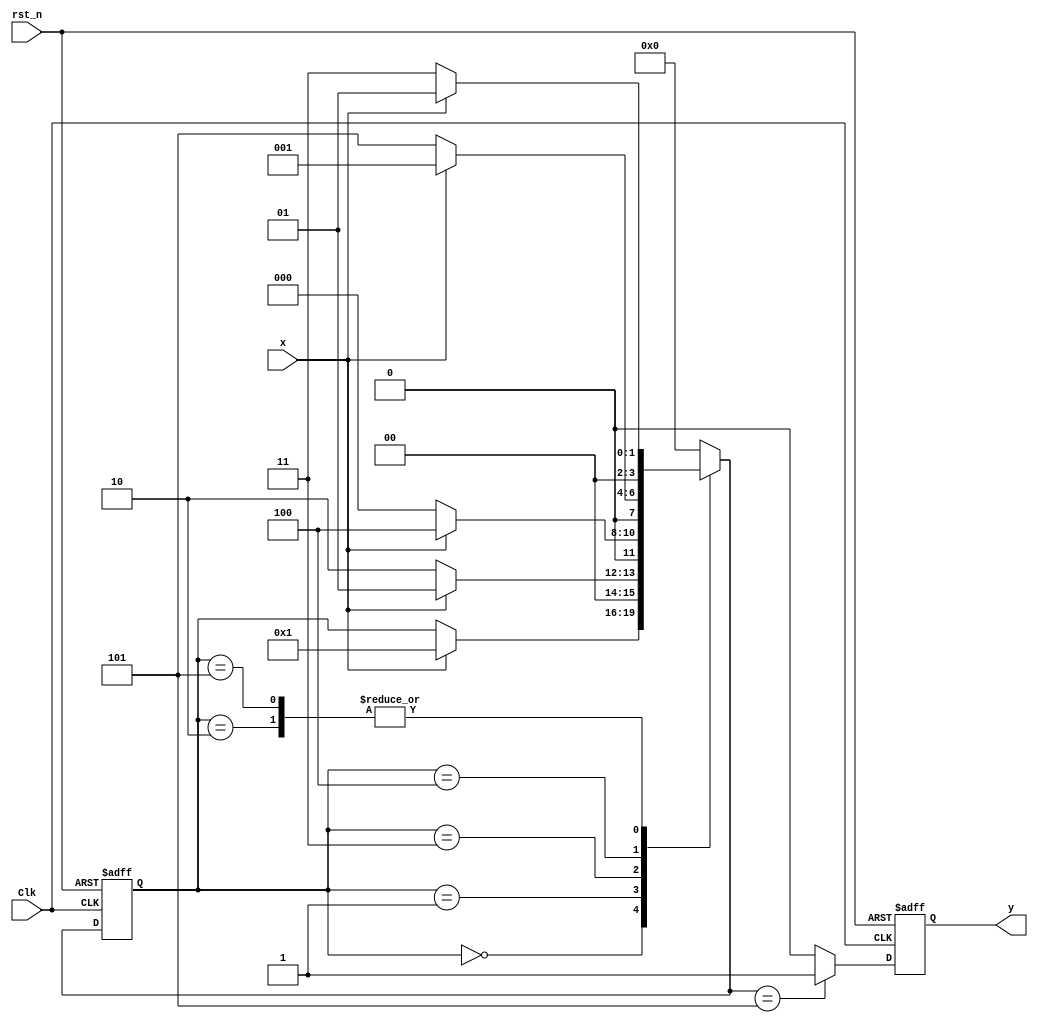
`timescale 1ns / 1ps
//==================================================================================================
//  Version       : V 1.0
//  Description   : Use FSM for sequence detection
//  Modification  :
//
//==================================================================================================

module SEQDET_FSM(
    // INPUTS
        Clk,        // posedge active
        rst_n,      // negedge active
        x,          // sequence input
    // OUTPUTS        
        y           // detection "10010"
    );
    
    // Number of states = 6
    parameter Idle    = 4'b0000; 
    parameter State_1 = 4'b0001; // 1
    parameter State_2 = 4'b0010; // 10
    parameter State_3 = 4'b0011; // 100
    parameter State_4 = 4'b0100; // 1001
    parameter State_5 = 4'b0101; // 10010
    
    input              Clk;
    input              rst_n;
    input              x;
    
    output             y;

    reg                y;
    reg     [3:0]      State_current;
    reg     [3:0]      State_next;
    
    // Synchronous timing always module, describing state transition
    always@(posedge Clk or negedge rst_n)
    begin
        if(!rst_n)
            State_current <= Idle;
        else
            State_current <= State_next;
    end
    
    // Combinational logic always module, judging state transition
    always@(State_current or x)
    begin
        case(State_current)
            Idle:
            begin
                if(x)
                    State_next = State_1;       // detect 1
                else
                    State_next = State_current;
            end
            State_1:
            begin
                if(!x)
                    State_next = State_2;       // detect 10
                else
                    State_next = State_1;       // detect 1
            end
            State_2:
            begin
                if(!x)
                    State_next = State_3;       // detect 100
                else
                    State_next = State_1;       // detect 1
            end
            State_3:
            begin
                if(x)
                    State_next = State_4;       // detect 1001
                else
                    State_next = Idle;          // detect 0
            end
            State_4:
            begin
                if(!x)
                    State_next = State_5;       // detect 10010
                else
                    State_next = State_1;       // detect 1
            end
            State_5:
            begin
                if(x)
                    State_next = State_1;       // detect 1
                else
                    State_next = State_3;       // detect 100
            end
            default:State_next = Idle;
        endcase
    end
    // next_state output
    always@(posedge Clk or negedge rst_n)
    begin
        if(!rst_n)
            y <= 1'b0; // reset
        else begin
            case(State_next)
                Idle:
                    y <= 1'b0;                        
                State_1:
                    y <= 1'b0;   
                State_2:
                    y <= 1'b0;    
                State_3:
                    y <= 1'b0;                
                State_4:
                    y <= 1'b0;    
                State_5:
                    y <= 1'b1;              // detect 10010            
                default:
                    y <= 1'b0;
            endcase
        end
    end
endmodule